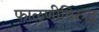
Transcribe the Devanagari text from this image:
फाळणीविरुद्ध